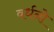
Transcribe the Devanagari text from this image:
वर्धनो